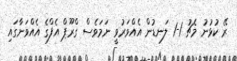
ރޭ ކުޅުނު މެޗު 1-1 ލަނޑުން އެއްވަރުވީ ނަމަވެސް ގްރޫޕް އެފްގެ އެއްވަނާގައި